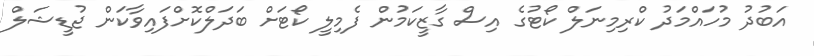
އަބުދު މުހައްމަދު ކްރިމިނަލް ކޯޓުގެ އިސް ގާޒީކަމުން ފެމިލީ ކޯޓަށް ބަދަލްކޮށްފައިވާކަން ޖުޑީޝަލް